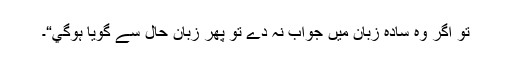
تو اگر وہ سادہ زبان ميں جواب نہ دے تو پھر زبان حال سے گويا ہوگي“۔